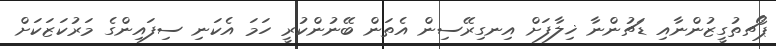
ޕޯޗތުގީޒުންނާއި ޑަޗުންނާ ޚިލާފަށް އިނގިރޭސިން އެތަން ބޭނުންކުރީ ހަމަ އެކަނި ސިފައިންގެ މަރުކަޒަކަށް